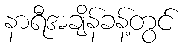
နာရီအချိန်ခန့်တွင်